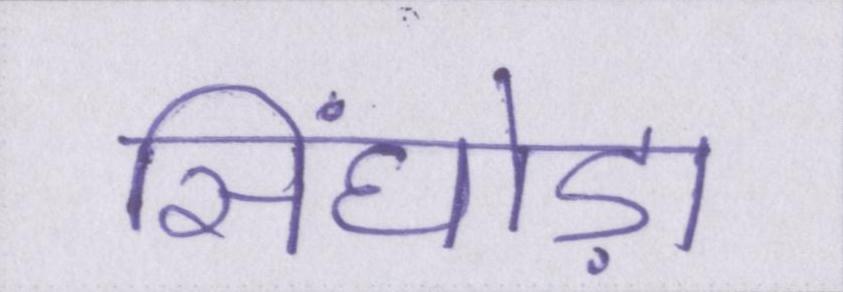
सिंघोड़ा